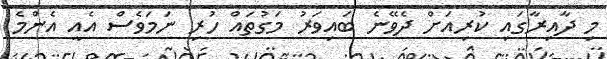
މި ދާއިރާގައި ކުރިއަށް ދެވޭނެ ބައިވަރު މަގުތައް ހުރި ނަމަވެސް އެއީ އެންމެ